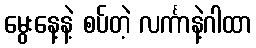
မွေးနေ့နဲ့ စပ်တဲ့ လင်္ကာနဲ့ဂါထာ